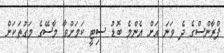
ފްރާންސްގެ ދެ ވަނަ އަށް އެންމެ ބޮޑު ސިޓީ ކަމަށްވާ މާސޭގެ މަގުތަކަށް